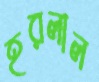
হরলাল